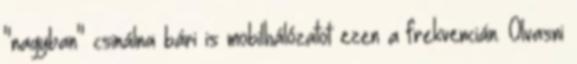
"nagyban" csinálna bári is mobilhálózatot ezen a frekvencián. Olvasni